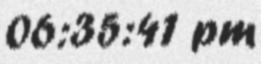
06:35:41 pm